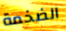
الضخمة